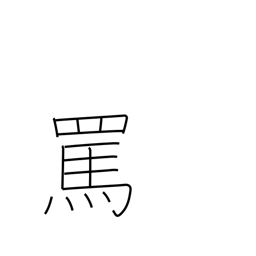
Meaning: abuse